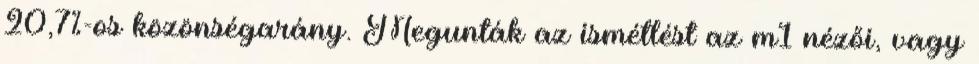
20,7%-os közönségarány. Megunták az ismétlést az m1 nézői, vagy